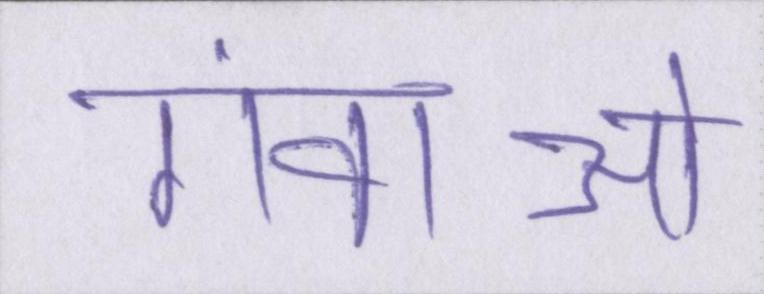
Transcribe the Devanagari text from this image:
गंवाओ